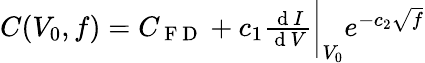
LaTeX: \begin{array}{r}{C(V_{0},f)=C_{\mathrm{~F~D~}}+c_{1}\frac{\mathrm{~d~}I}{\mathrm{~d~}V}\bigg\rvert_{V_{0}}e^{-c_{2}\sqrt{f}}}\end{array}